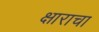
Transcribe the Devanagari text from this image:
क्षाराचा